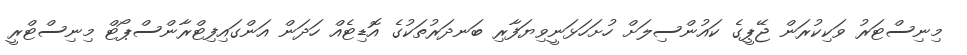
މިނިސްޓަރު ވަކިކުރަން ޖޭޕީގެ ކައުންސިލަށް ހުށަހަޅަނީވިޔަފާރި ބަނދަރުތަކުގެ އޮޑިޓެއް ހަދަން އަންގައިފިޓްރާންސްޕޯޓް މިނިސްޓްރީ